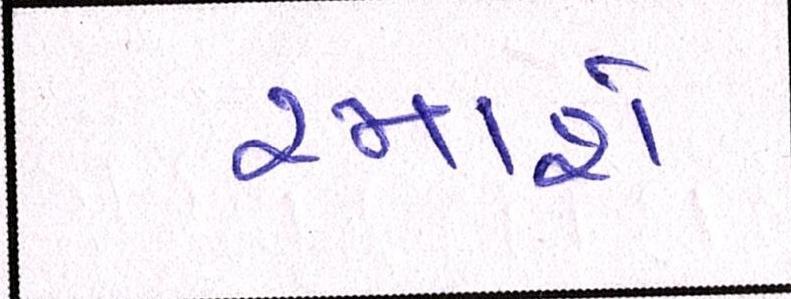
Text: રમાશે